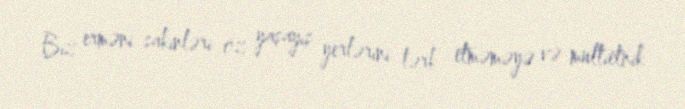
Biz erməni sakinləri öz yaşayış yerlərini tərk etməməyə və multietnik